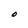
Character: O